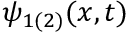
\psi _ { 1 ( 2 ) } ( x , t )